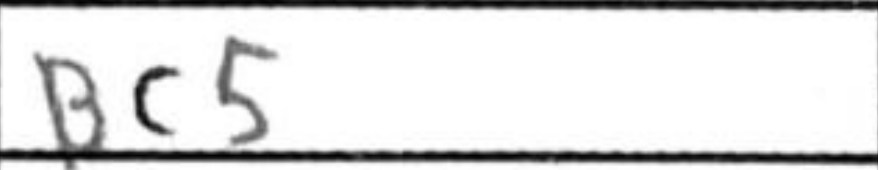
Transcription: Bc5